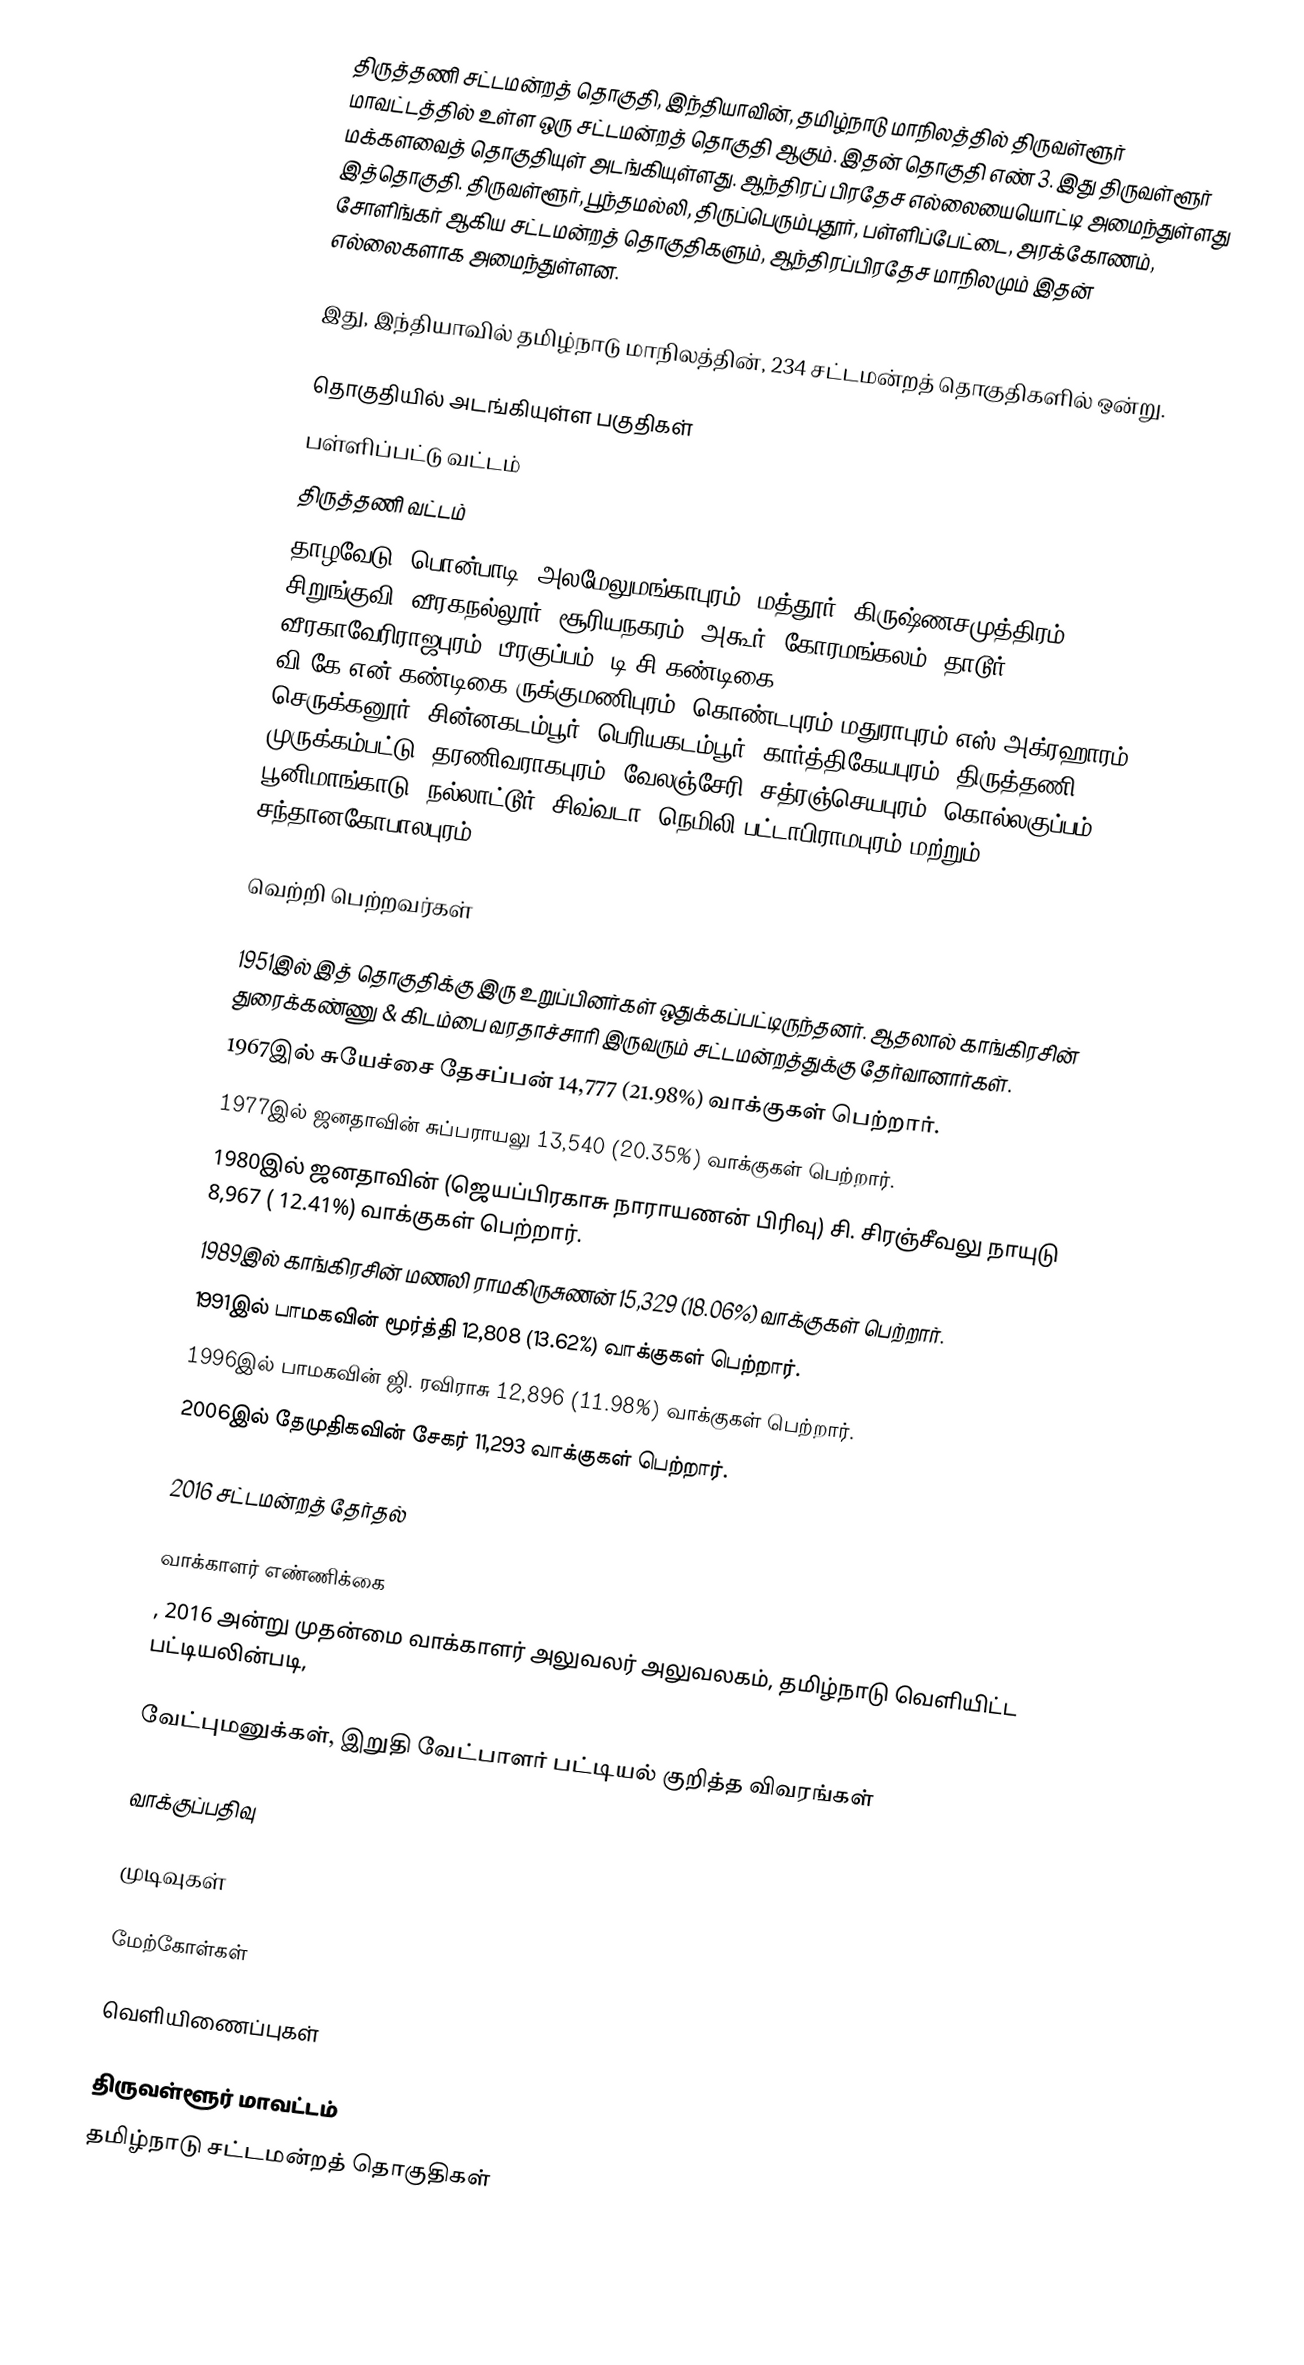
திருத்தணி சட்டமன்றத் தொகுதி, இந்தியாவின், தமிழ்நாடு மாநிலத்தில்  திருவள்ளூர் மாவட்டத்தில் உள்ள ஒரு சட்டமன்றத் தொகுதி ஆகும். இதன் தொகுதி எண் 3. இது திருவள்ளூர் மக்களவைத் தொகுதியுள் அடங்கியுள்ளது. ஆந்திரப் பிரதேச எல்லையையொட்டி அமைந்துள்ளது இத்தொகுதி. திருவள்ளூர், பூந்தமல்லி, திருப்பெரும்புதூர், பள்ளிப்பேட்டை, அரக்கோணம், சோளிங்கர் ஆகிய சட்டமன்றத் தொகுதிகளும், ஆந்திரப்பிரதேச மாநிலமும் இதன் எல்லைகளாக அமைந்துள்ளன.

இது, இந்தியாவில் தமிழ்நாடு மாநிலத்தின், 234 சட்டமன்றத் தொகுதிகளில் ஒன்று.

தொகுதியில் அடங்கியுள்ள பகுதிகள்
பள்ளிப்பட்டு வட்டம்
திருத்தணி வட்டம்
தாழவேடு, பொன்பாடி, அலமேலுமங்காபுரம், மத்தூர், கிருஷ்ணசமுத்திரம், சிறுங்குவி, வீரகநல்லூர், சூரியநகரம், அகூர், கோரமங்கலம், தாடூர், வீரகாவேரிராஜபுரம், பீரகுப்பம், டி.சி.கண்டிகை, வி.கே,என்.கண்டிகை,ருக்குமணிபுரம், கொண்டபுரம்,மதுராபுரம்,எஸ்.அக்ரஹாரம், செருக்கனூர், சின்னகடம்பூர், பெரியகடம்பூர், கார்த்திகேயபுரம், திருத்தணி, முருக்கம்பட்டு, தரணிவராகபுரம், வேலஞ்சேரி, சத்ரஞ்செயபுரம், கொல்லகுப்பம் பூனிமாங்காடு, நல்லாட்டூர், சிவ்வடா, நெமிலி பட்டாபிராமபுரம் மற்றும் சந்தானகோபாலபுரம்.

வெற்றி பெற்றவர்கள்

1951இல் இத் தொகுதிக்கு இரு உறுப்பினர்கள் ஒதுக்கப்பட்டிருந்தனர். ஆதலால் காங்கிரசின் துரைக்கண்ணு & கிடம்பை வரதாச்சாரி இருவரும் சட்டமன்றத்துக்கு தேர்வானார்கள்.
1967இல் சுயேச்சை தேசப்பன் 14,777 (21.98%) வாக்குகள் பெற்றார்.
1977இல் ஜனதாவின் சுப்பராயலு 13,540 (20.35%) வாக்குகள் பெற்றார்.
1980இல் ஜனதாவின் (ஜெயப்பிரகாசு நாராயணன் பிரிவு) சி. சிரஞ்சீவலு நாயுடு 8,967 ( 12.41%) வாக்குகள் பெற்றார்.
1989இல் காங்கிரசின் மணலி ராமகிருசுணன் 15,329 (18.06%) வாக்குகள் பெற்றார்.
1991இல் பாமகவின் மூர்த்தி 12,808 (13.62%) வாக்குகள் பெற்றார்.
1996இல் பாமகவின் ஜி. ரவிராசு 12,896 (11.98%) வாக்குகள் பெற்றார்.
2006இல் தேமுதிகவின் சேகர் 11,293 வாக்குகள் பெற்றார்.

2016 சட்டமன்றத் தேர்தல்

வாக்காளர் எண்ணிக்கை
, 2016 அன்று முதன்மை வாக்காளர் அலுவலர் அலுவலகம், தமிழ்நாடு வெளியிட்ட பட்டியலின்படி,

வேட்புமனுக்கள், இறுதி வேட்பாளர் பட்டியல் குறித்த விவரங்கள்

வாக்குப்பதிவு

முடிவுகள்

மேற்கோள்கள்

வெளியிணைப்புகள்

திருவள்ளூர் மாவட்டம்
தமிழ்நாடு சட்டமன்றத் தொகுதிகள்